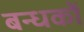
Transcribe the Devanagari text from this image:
बन्धकों